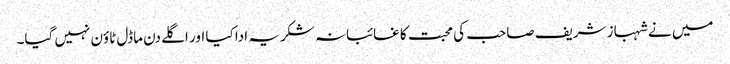
میں نے شہباز شریف صاحب کی محبت کا غائبانہ شکریہ ادا کیا اور اگلے دن ماڈل ٹاؤن نہیں گیا۔